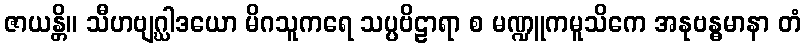
ဇာယန္တိ။ သီဟဗျဂ္ဃါဒယော မိဂသူကရေ သပ္ပဗိဠာရာ စ မဏ္ဍူကမူသိကေ အနုဗန္ဓမာနာ တံ